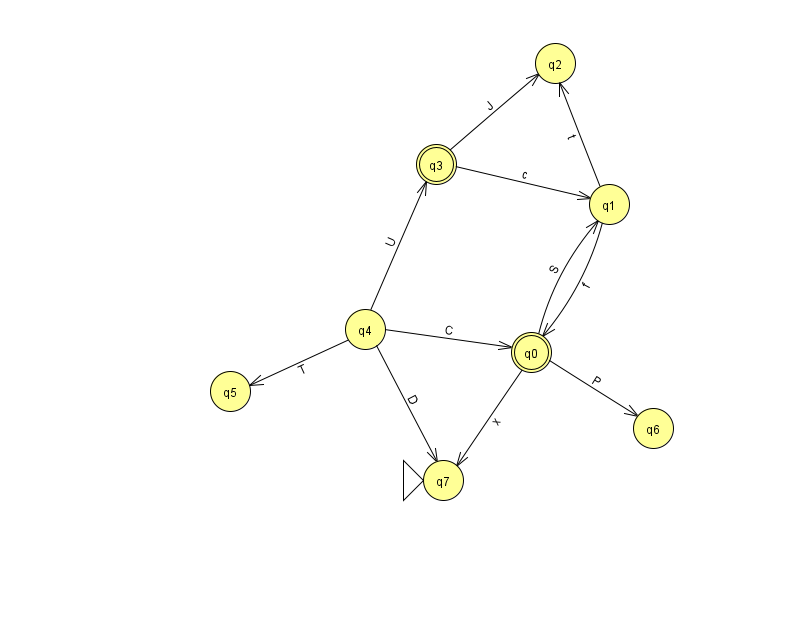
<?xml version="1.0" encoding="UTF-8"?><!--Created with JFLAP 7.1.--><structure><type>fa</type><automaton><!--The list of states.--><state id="0" name="q0"><x>531.0</x><y>339.0</y><final/></state><state id="1" name="q1"><x>609.0</x><y>191.0</y></state><state id="2" name="q2"><x>555.0</x><y>50.0</y></state><state id="3" name="q3"><x>436.0</x><y>151.0</y><final/></state><state id="4" name="q4"><x>365.0</x><y>316.0</y></state><state id="5" name="q5"><x>230.0</x><y>378.0</y></state><state id="6" name="q6"><x>653.0</x><y>415.0</y></state><state id="7" name="q7"><x>443.0</x><y>467.0</y><initial/></state><!--The list of transitions.--><transition><from>3</from><to>1</to><read>c</read></transition><transition><from>1</from><to>0</to><read>f</read></transition><transition><from>3</from><to>2</to><read>J</read></transition><transition><from>4</from><to>5</to><read>T</read></transition><transition><from>0</from><to>6</to><read>P</read></transition><transition><from>0</from><to>1</to><read>S</read></transition><transition><from>4</from><to>7</to><read>D</read></transition><transition><from>0</from><to>7</to><read>x</read></transition><transition><from>1</from><to>2</to><read>t</read></transition><transition><from>4</from><to>0</to><read>C</read></transition><transition><from>4</from><to>3</to><read>U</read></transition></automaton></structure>